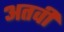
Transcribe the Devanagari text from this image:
अतवी